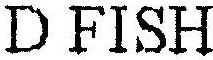
D FISH